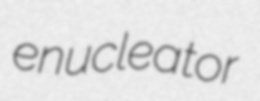
enucleator